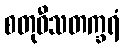
စတုဝီသတက္ခရံ